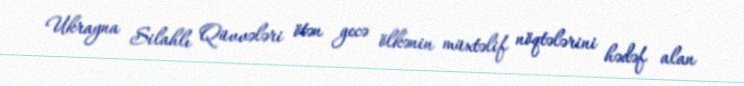
Ukrayna Silahlı Qüvvələri ötən gecə ölkənin müxtəlif nöqtələrini hədəf alan